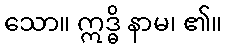
သော။ ဣဒ္ဓိ နာမ၊ ၏။